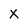
Character: x